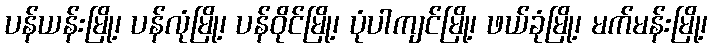
ပန်ယန်းမြို့၊ ပန်လုံမြို့၊ ပန်ဝိုင်မြို့၊ ပုံပါကျင်မြို့၊ ဖယ်ခုံမြို့၊ မက်မန်းမြို့၊